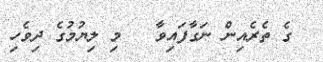
ގެ ތެރެއިން ނަގާފައިވާ   މި ލިޔުމުގެ ދިވެހި